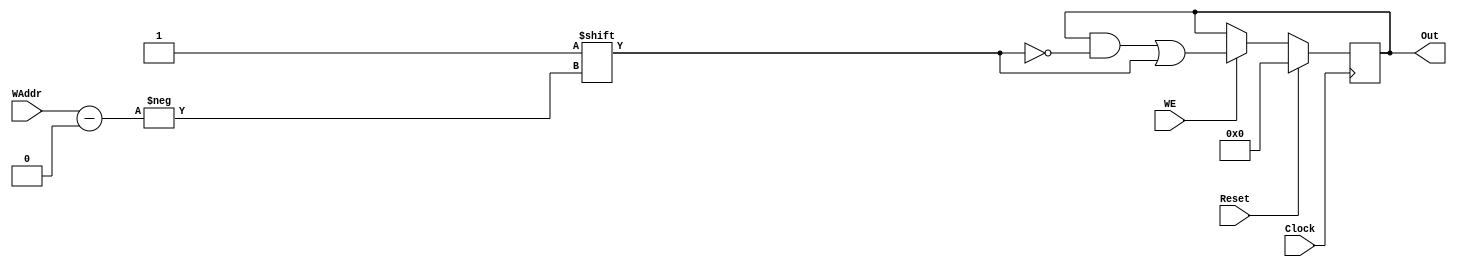
module RegFile(Clock, Reset, WE, WAddr, Out);
	
	input Clock;
	input Reset;
	input WE;
	input [7:0] WAddr;
	parameter		width = 		256;
	output [width-1:0] Out;

	reg [width-1:0] Out;
	
	always @ (posedge Clock) begin
		if(Reset)
			Out <= {width{1'b0}};
		else if(WE)
			Out[WAddr] <= 1'b1;
	end

endmodule